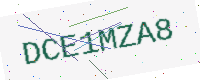
Text: DCE1MZA8